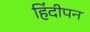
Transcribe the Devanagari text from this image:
हिंदीपन